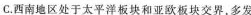
C.西南地区处于太平洋板块和亚欧板块交界，多发